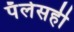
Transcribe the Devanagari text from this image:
पॅलेसही